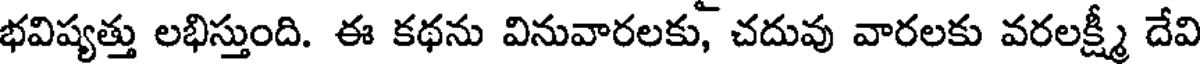
భవిష్యత్తు లభిస్తుంది. ఈ కథను వినువారలకు, చదువు వారలకు వరలక్ష్మీ దేవి